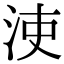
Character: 𣳪